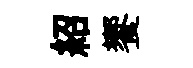
紹饗